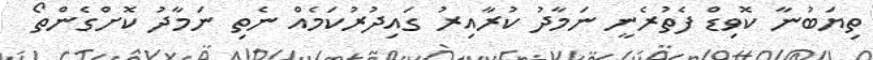
ތިޔަބުނާ ކޮވިޑް ފެތުރެނީ ނަމާދު ކުރާއިރު ގައިދުރުކަމެއް ނެތި ނަމާދު ކޮށްގެންތޯ